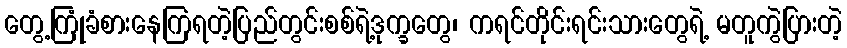
တွေ့ကြုံခံစားနေကြရတဲ့ပြည်တွင်းစစ်ရဲ့ဒုက္ခတွေ၊ ကရင်တိုင်းရင်းသားတွေရဲ့ မတူကွဲပြားတဲ့